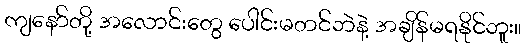
ကျနော်တို့ အလောင်းတွေ ပေါင်းမတင်ဘဲနဲ့ အချိန်မရနိုင်ဘူး။